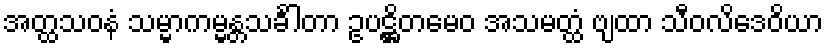
အတ္ထသဝနံ သမ္မာကမ္မန္တသင်္ခါတာ ဥပဋ္ဌိတမေဝ အသမတ္ထံ ဗျထာ သီဝလိဒေဝိယာ